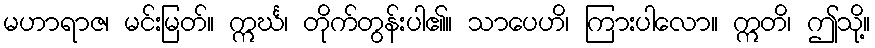
မဟာရာဇ၊ မင်းမြတ်။ ဣင်္ဃ၊ တိုက်တွန်းပါ၏။ သာပေဟိ၊ ကြားပါလော။ ဣတိ၊ ဤသို့။